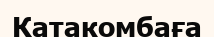
Катакомбаға